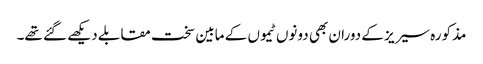
مذکورہ سیریز کے دوران بھی دونوں ٹیموں کے مابین سخت مقابلے دیکھے گئے تھے۔